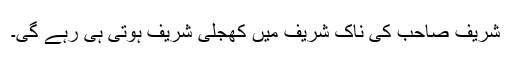
شریف صاحب کی ناک شریف میں کھجلی شریف ہوتی ہی رہے گی۔